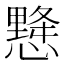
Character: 𢢨